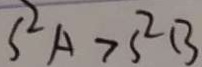
S ^ { 2 } A > S ^ { 2 } B